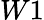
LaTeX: W1